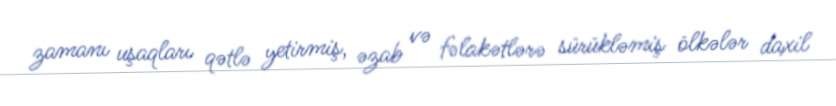
zamanı uşaqları qətlə yetirmiş, əzab və fəlakətlərə sürükləmiş ölkələr daxil